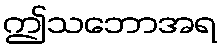
ဤသဘောအရ